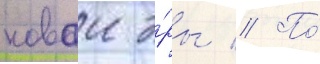
новои э́ры // По́